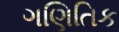
ગણિતિક